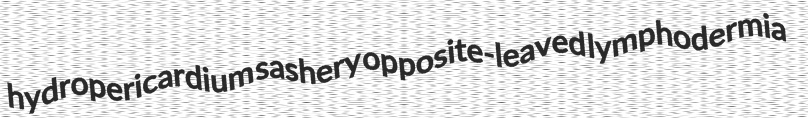
hydropericardium sashery opposite-leaved lymphodermia